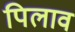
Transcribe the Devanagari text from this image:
पिलाव